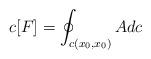
\begin{align*}c[F]=\oint_{c(x_{0},x_{0})} A dc\end{align*}